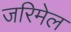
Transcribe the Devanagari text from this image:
जरिमेल